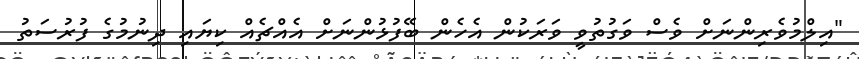
"އިލްމުވެރިންނަށް ވެސް ވަގުތުވީ ވަރަކުން އެހެން ބޭފުޅުންނަށް އެއްޗެއް ކިޔައި ދިނުމުގެ ފުރުސަތު